Statistics compiled by the Government of India from the reports of provincial Civil Veterinary Departments
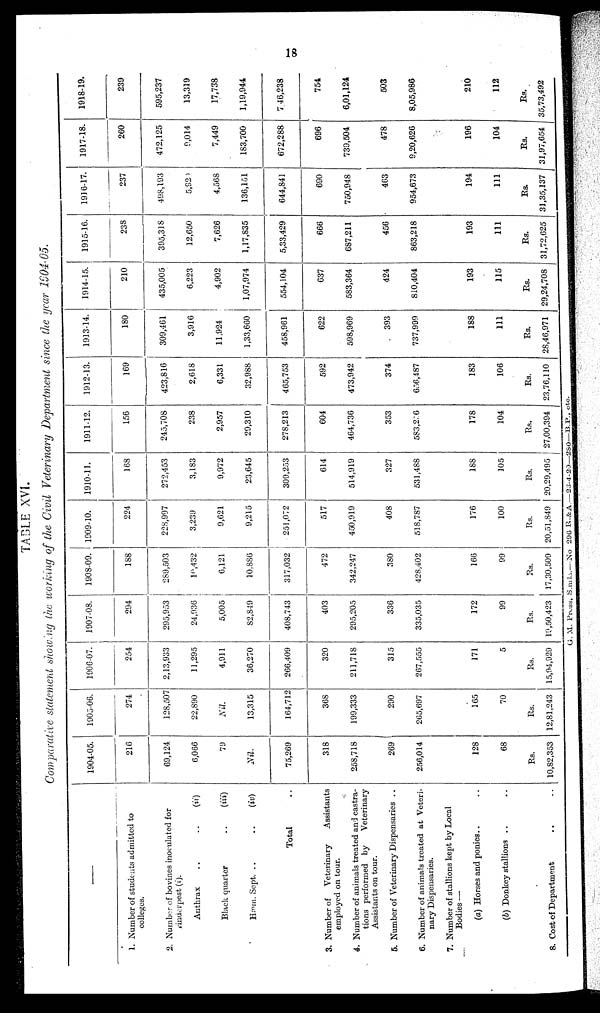
18
TABLE XVI.
Comparative statement showing the working of the Civil Veterinary Department since the year 1904-05.
—
1. Number of students admitted to
colleges.
2. Number of bovines inoculated for
rinderpest (i).
Anthrax
..
..
(ii)
Black quarter
..
..
(iii)
Hæm. Sept. ..
..
(iv)
Total ..
3. Number of
Veterinary
Assistants
employed on tour.
4. Number of animals treated and castra-
tions performed by
Veterinary
Assistants on tour.
5. Number of Veterinary Dispensaries ..
6. Number of animals treated at Veteri-
nary Dispensaries.
7. Number of stallions kept by Local
Bodies —
(a) Horses and ponies.. ..
(b) Donkey stallions
8. Cost of Department .. ..
1904-05.
216
69,124
6,066
79
Nil.
75,269
318
258,718
269
256,014
128
68
Rs.
10,82,353
1905-06.
274
128,507
22,890
Nil.
13,315
164,712
368
199,333
290
265,697
165
70
Rs.
12,81,243
1906-07.
254
2,13,933
11,295
4,911
36,270
266,409
320
211,718
315
267,555
171
5
Rs.
15,94,929
1907-08.
294
295,953
24,936
5,005
82,849
408,743
403
295,205
336
335,035
172
99
Rs.
10,50,423
1908-09.
188
289,503
10,432
6,121
10,886
317,032
472
342,247
380
428,402
166
99
Rs.
17,30,509
1909-10.
224
228,997
3,239
9,621
9,215
251,072
517
450,919
408
518,787
176
100
Rs.
20,51,849
1910-11.
168
272,453
3,183
9,972
23,645
309,253
614
514,919
327
531,488
188
105
Rs.
20,29,495
1911-12.
156
245,708
238
2,957
29,310
278,213
604
464,736
353
583,256
178
104
Rs.
27,00,394
1912-13.
169
423,816
2,618
6,331
32,988
465,753
592
473,942
374
6f>6,487
183
106
Rs.
23,76,110
1913-14.
180
309,461
3,916
11,924
1,33,660
458,961
622
598,969
393
737,999
188
111
Rs.
28,46,971
1914-15.
210
435,005
6,223
4,902
1,07,974
554,104
637
583,364
424
810,404
193
115
Rs.
29,24,708
1915-16.
238
395,318
12,650
7,626
1,17,835
5,33,429
666
687,211
456
863,218
193
111
Rs.
31,72,625
1916-17.
237
498,193
5,920
4,568
136,151
644,841
690
750,948
463
954,673
194
111
Rs.
31,35,137
1917-18.
260
472,125
9,014
7,449
183,700
672,288
696
739,504
478
9,20,626
196
104
Rs.
31,97,654
1918-19.
239
595,237
13,319
17,738
1,19,944
7 46,238
754
6,01,124
503
8,05,986
210
112
Rs.
35,73,492
G. M. Press, Samla.—No 296 R.&A.—23-4-20—280—B.P., etc.